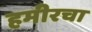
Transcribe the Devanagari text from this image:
हमीरचा